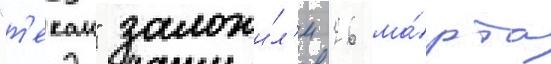
"т'екаи" заложи́л'и 26 ма́рта